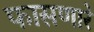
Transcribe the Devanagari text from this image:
फासणारे